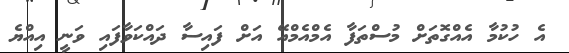
އެ ހުކުމާ އެއްގޮތަށް މުސްތަފާ އެމްއެމްއޭ އަށް ފައިސާ ދައްކަވާފައި ވަނީ އިއްޔެ